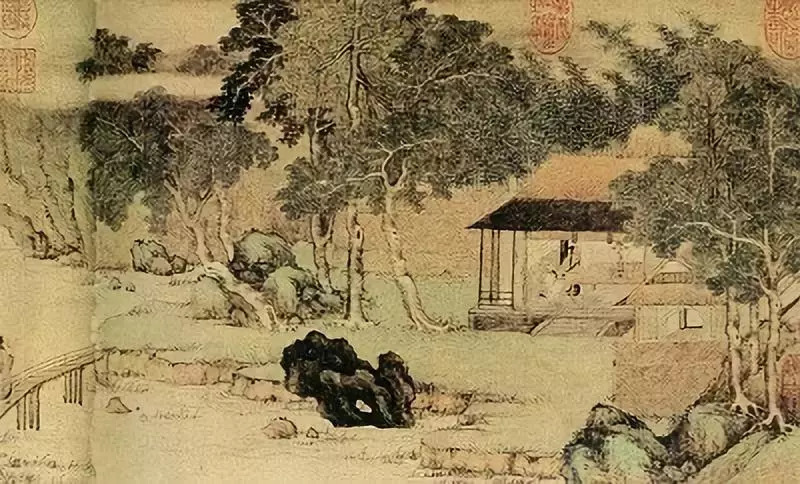
仁之实，事亲是也义之实，从兄是也。